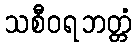
သစီဝရဘတ္တံ